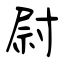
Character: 尉